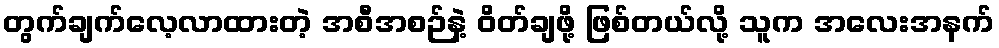
တွက်ချက်လေ့လာထားတဲ့ အစီအစဉ်နဲ့ ဝိတ်ချဖို့ ဖြစ်တယ်လို့ သူက အလေးအနက်